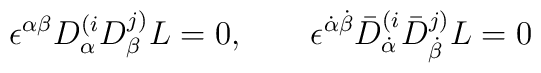
\epsilon^{\alpha\beta} D^{(i}_{\alpha} D^{j)}_{\beta} L =0, \qquad \epsilon^{\dot\alpha\dot\beta} \bar D^{(i}_{\dot\alpha}\bar D^{j)}_{\dot\beta} L = 0